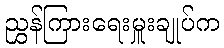
ညွှန်ကြားရေးမှူးချုပ်က